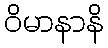
ဝိမာနာနိ